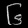
Digit: ၆